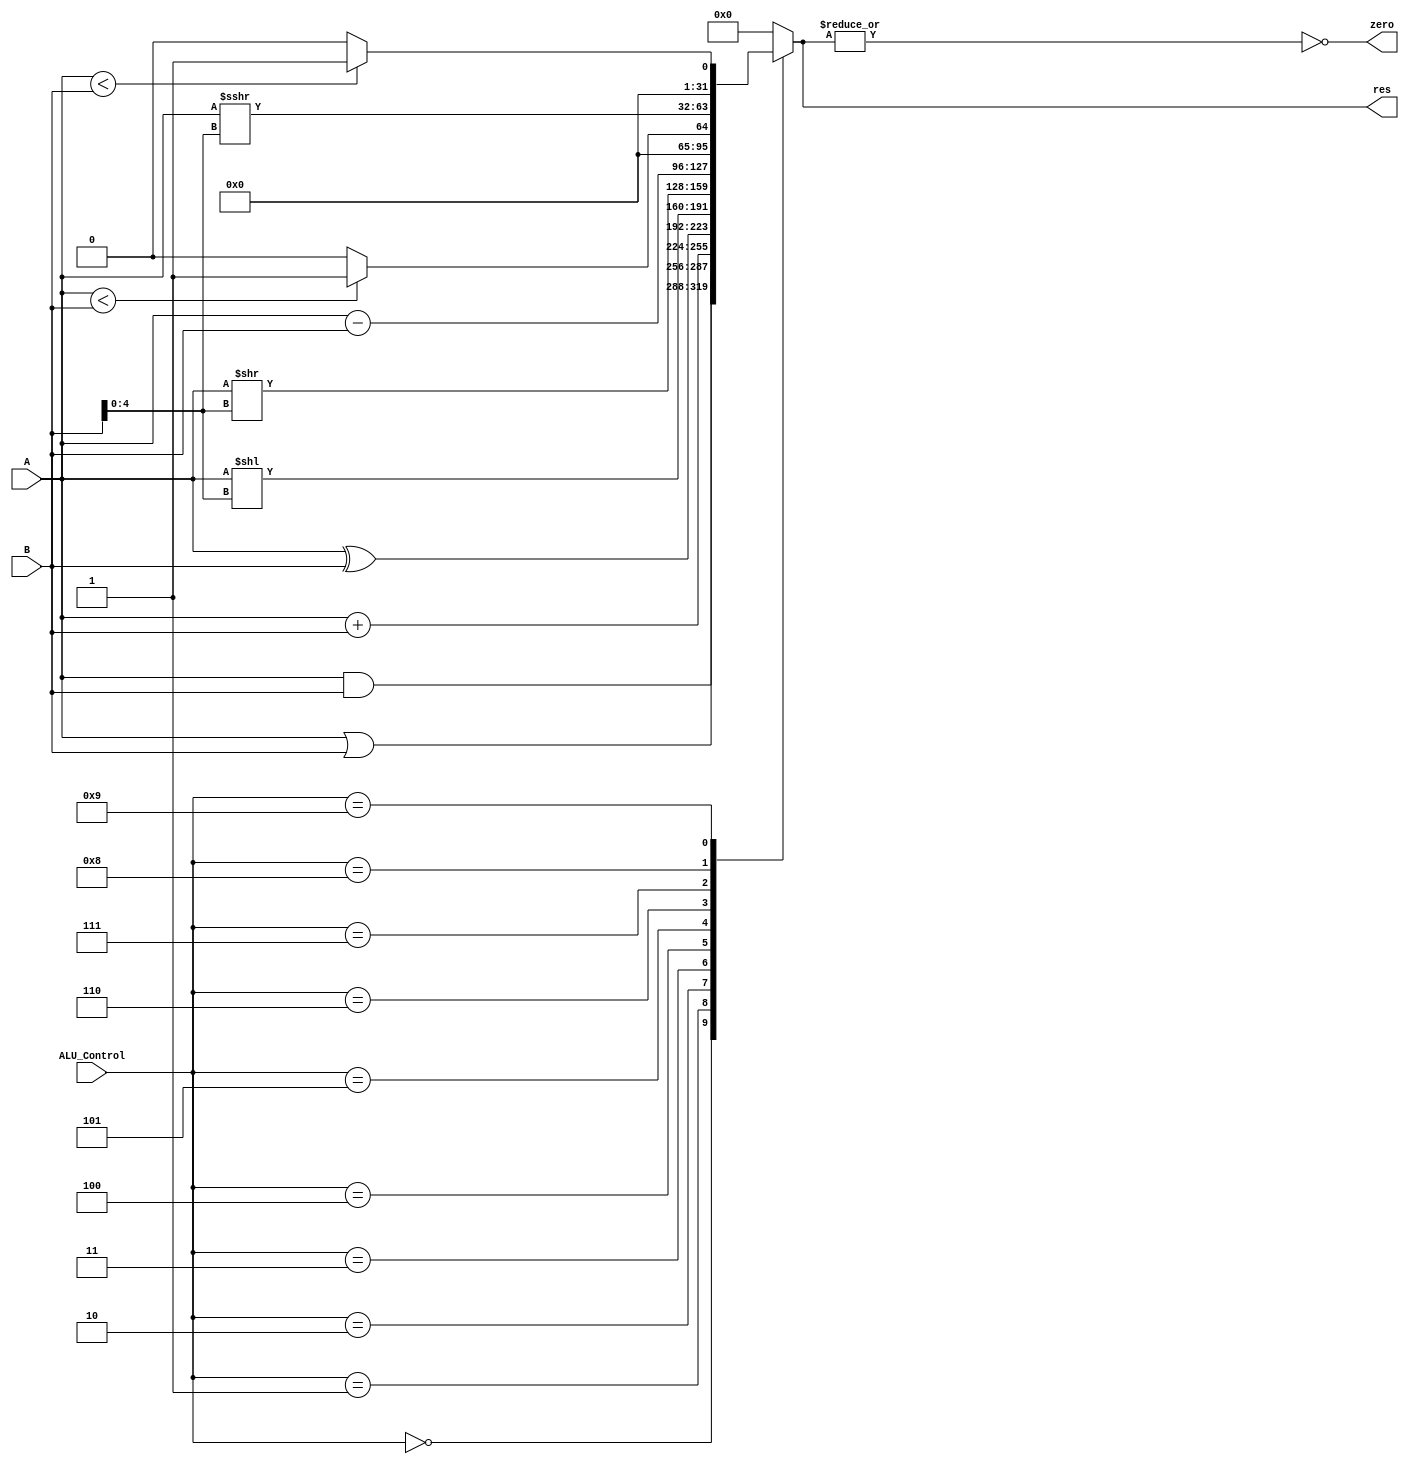
`timescale 1ns / 1ps
`default_nettype none
module ALU(input wire [31:0] A,
           input wire [3:0] ALU_Control,
           input wire [31:0] B,
           output wire [31:0] res,
           output wire zero);
reg [31:0] ALU_result;
assign res  = ALU_result;
assign zero = !(|res);

always @ (*) begin
    case (ALU_Control)
        4'b0000: ALU_result = A & B;
        4'b0001: ALU_result = A | B;
        4'b0010: ALU_result = A + B;
        4'b0011: // xor
        ALU_result = A ^ B;
        4'b0100: // shift left logical
        ALU_result = A << B[4:0];
        4'b0101: // shift right logical
        ALU_result          = A >> B[4:0];
        4'b0110: ALU_result = A - B;
        4'b0111: // set on less than signed
        ALU_result = $signed(A) < $signed(B) ? 32'b1 : 32'b0;
        4'b1000: // shift right arithmetic
        // important: you need to work with signed signals to get
        // sign extension:
        // https://stackoverflow.com/questions/54872369/arithmetic-right-shift-not-working-in-verilog-hdl
        ALU_result = $signed(A) >>> B[4:0];
        4'b1001: // set on less than unsigned
        ALU_result          = (A < B) ? 32'b1 : 32'b0;
        default: ALU_result = 32'b0;
    endcase
end
endmodule